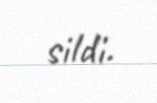
sildi.